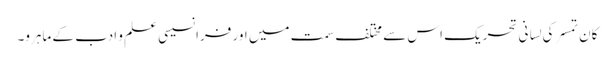
کان تمسر کی لِسانی تحریک اس سے مختلف سمت میں اور فرانسیسی علم و ادب کے ماہرو۔